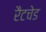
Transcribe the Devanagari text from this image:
रैटचेड